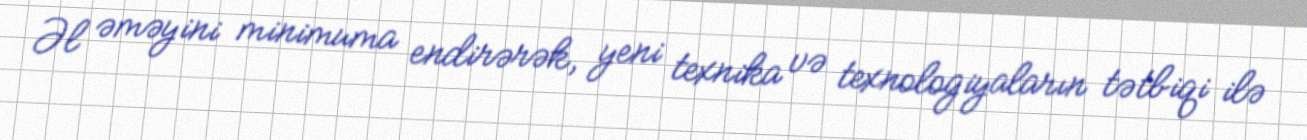
Əl əməyini minimuma endirərək, yeni texnika və texnologiyaların tətbiqi ilə